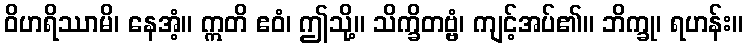
ဝိဟရိဿာမိ၊ နေအံ့။ ဣတိ ဧဝံ၊ ဤသို့။ သိက္ခိတဗ္ဗံ၊ ကျင့်အပ်၏။ ဘိက္ခု၊ ရဟန်း။